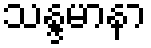
သန္ဒမာနာ